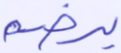
يرضه